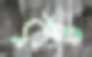
কুম্ভ